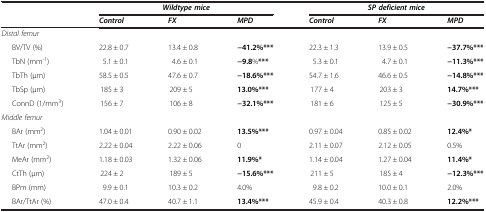
<table><thead><tr><td rowspan="2"><b> </b></td><td colspan="3"><b><i>Wildtype mice</i></b></td><td colspan="3"><b><i>SP deficient mice</i></b></td></tr><tr><td><b><i>Control</i></b></td><td><b><i>FX</i></b></td><td><b><i>MPD</i></b></td><td><b><i>Control</i></b></td><td><b><i>FX</i></b></td><td><b><i>MPD</i></b></td></tr></thead><tbody><tr><td><i>Distal femur</i></td><td> </td><td> </td><td> </td><td> </td><td> </td><td> </td></tr><tr><td>BV/TV (%)</td><td>22.8 ± 0.7</td><td>13.4 ± 0.8</td><td><b>−41.2%***</b></td><td>22.3 ± 1.3</td><td>13.9 ± 0.5</td><td><b>−37.7%***</b></td></tr><tr><td>TbN (mm<sup>-1</sup>)</td><td>5.1 ± 0.1</td><td>4.6 ± 0.1</td><td><b>−9.8</b>%<b>***</b></td><td>5.3 ± 0.1</td><td>4.7 ± 0.1</td><td><b>−11.3%***</b></td></tr><tr><td>TbTh (μm)</td><td>58.5 ± 0.5</td><td>47.6 ± 0.7</td><td><b>−18.6%***</b></td><td>54.7 ± 1.6</td><td>46.6 ± 0.5</td><td><b>−14.8%***</b></td></tr><tr><td>TbSp (μm)</td><td>185 ± 3</td><td>209 ± 5</td><td><b>13.0%***</b></td><td>177 ± 4</td><td>203 ± 3</td><td><b>14.7%***</b></td></tr><tr><td>ConnD (1/mm<sup>3</sup>)</td><td>156 ± 7</td><td>106 ± 8</td><td><b>−32.1%***</b></td><td>181 ± 6</td><td>125 ± 5</td><td><b>−30.9%***</b></td></tr><tr><td><i>Middle femur</i></td><td> </td><td> </td><td> </td><td> </td><td> </td><td> </td></tr><tr><td>BAr (mm<sup>2</sup>)</td><td>1.04 ± 0.01</td><td>0.90 ± 0.02</td><td><b>13.5%***</b></td><td>0.97 ± 0.04</td><td>0.85 ± 0.02</td><td><b>12.4%*</b></td></tr><tr><td>TtAr (mm<sup>2</sup>)</td><td>2.22 ± 0.04</td><td>2.22 ± 0.06</td><td>0</td><td>2.11 ± 0.07</td><td>2.12 ± 0.05</td><td>0.5%</td></tr><tr><td>MeAr (mm<sup>2</sup>)</td><td>1.18 ± 0.03</td><td>1.32 ± 0.06</td><td><b>11.9%*</b></td><td>1.14 ± 0.04</td><td>1.27 ± 0.04</td><td><b>11.4%*</b></td></tr><tr><td>CtTh (μm)</td><td>224 ± 2</td><td>189 ± 5</td><td><b>−15.6%***</b></td><td>211 ± 5</td><td>185 ± 4</td><td><b>−12.3%***</b></td></tr><tr><td>BPm (mm)</td><td>9.9 ± 0.1</td><td>10.3 ± 0.2</td><td>4.0%</td><td>9.8 ± 0.2</td><td>10.0 ± 0.1</td><td>2.0%</td></tr><tr><td>BAr/TtAr (%)</td><td>47.0 ± 0.4</td><td>40.7 ± 1.1</td><td><b>13.4%***</b></td><td>45.9 ± 0.4</td><td>40.3 ± 0.8</td><td><b>12.2%***</b></td></tr></tbody></table>